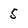
Character: 5